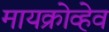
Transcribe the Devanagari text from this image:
मायक्रोव्हेव